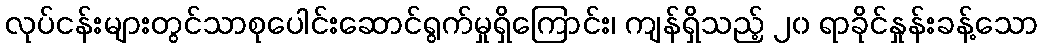
လုပ်ငန်းများတွင်သာစုပေါင်းဆောင်ရွက်မှုရှိကြောင်း၊ ကျန်ရှိသည့် ၂၀ ရာခိုင်နှုန်းခန့်သော